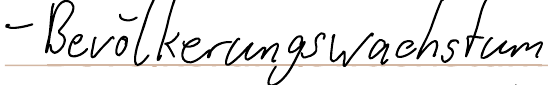
- Bevölerungswachstum